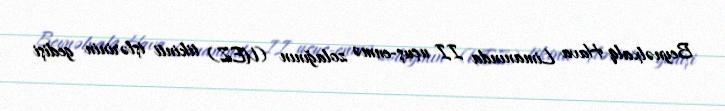
Beynəlxalq Hava Limanında II uçuş-enmə zolağının (UEZ) tikinti işlərinin gedişi